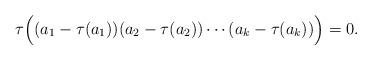
LaTeX: \begin{align*} \tau\Big( (a_1-\tau(a_1))(a_2-\tau(a_2))\cdots (a_k-\tau(a_k)) \Big) = 0.\end{align*}